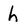
Character: h